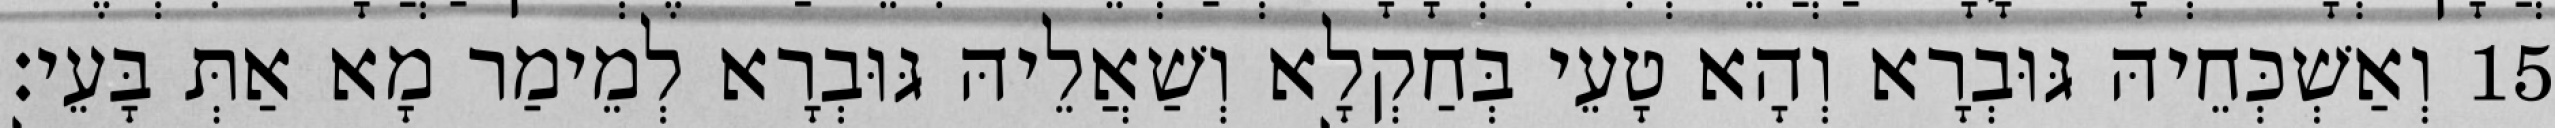
15 וְאַשְׁכְּחֵיהּ גּוּבְרָא וְהָא טָעֵי בְּחַקְלָא וְשַׁאֲלֵיהּ גּוּבְרָא לְמֵימַר מָא אַתְּ בָּעֵי׃